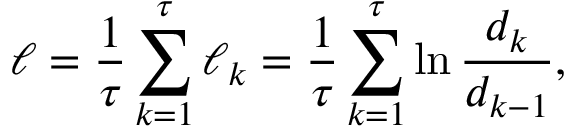
\ell = \frac { 1 } { \tau } \sum _ { k = 1 } ^ { \tau } \ell _ { k } = \frac { 1 } { \tau } \sum _ { k = 1 } ^ { \tau } \ln \frac { d _ { k } } { d _ { k - 1 } } ,